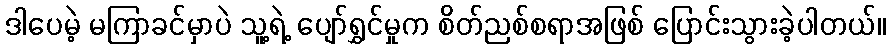
ဒါပေမဲ့ မကြာခင်မှာပဲ သူ့ရဲ့ ပျော်ရွှင်မှုက စိတ်ညစ်စရာအဖြစ် ပြောင်းသွားခဲ့ပါတယ်။